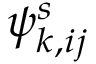
\psi _ { k , i j } ^ { s }